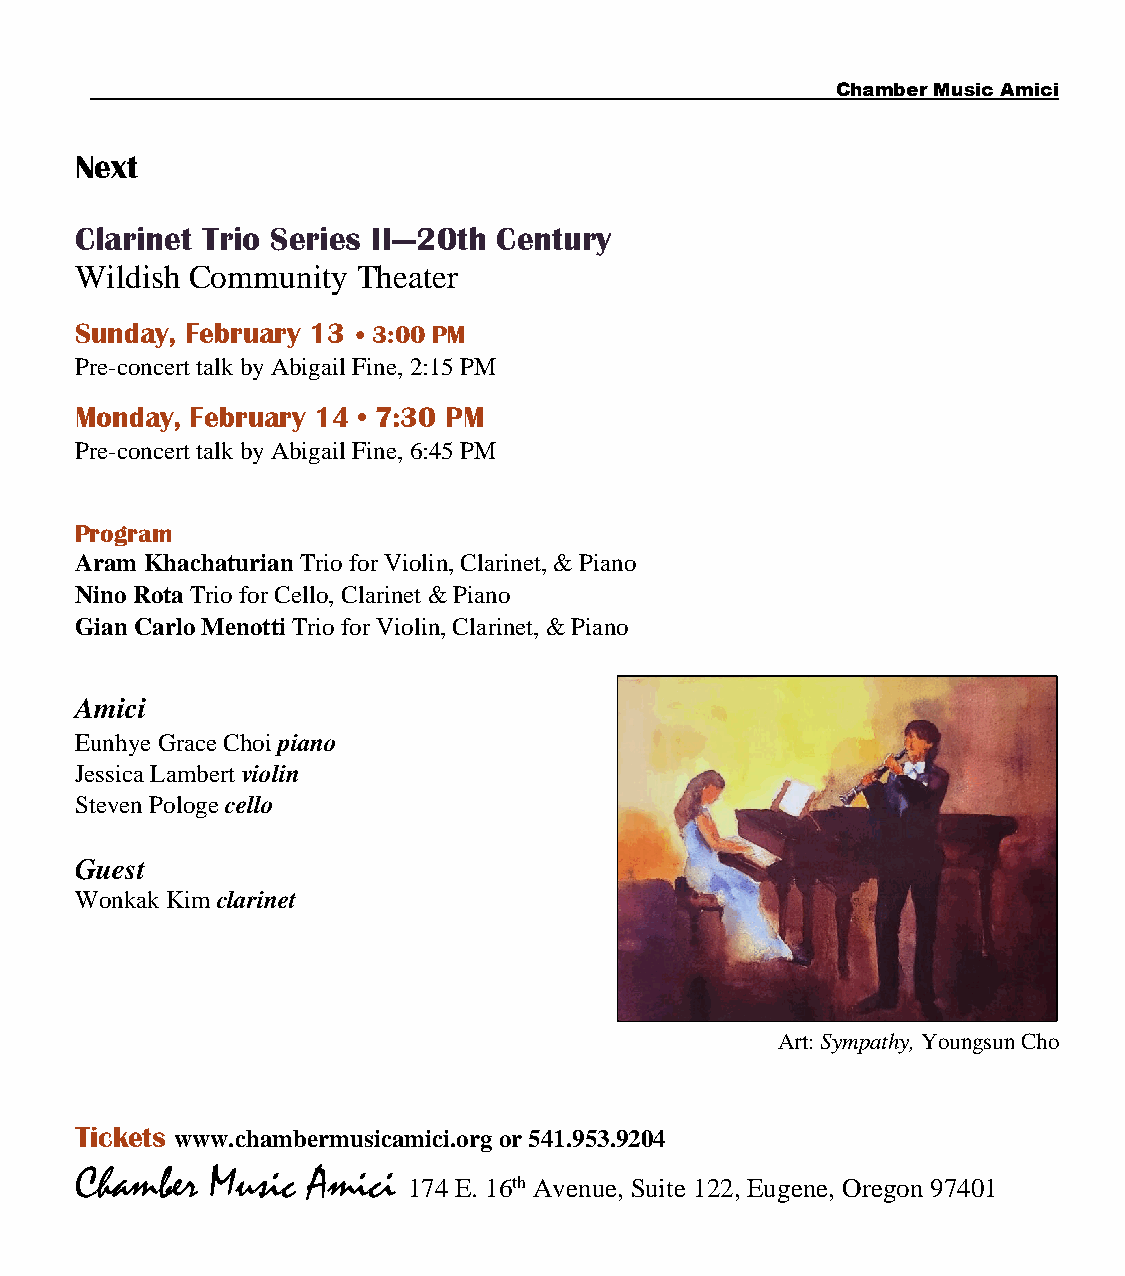
Chamber Music Amici
 Next
 Clarinet Trio Series II—20th Century
 Wildish Community  Theater
 Sunday, February 13 • 3:00 PM
 Pre-concert talk by Abigail Fine, 2:15 PM
 Monday, February 14 • 7:30 PM
 Pre-concert talk by Abigail Fine, 6:45 PM
 Program
 Aram Khachaturian Trio for Violin, Clarinet, & Piano
 Nino Rota Trio for Cello, Clarinet & Piano
 Gian Carlo Menotti Trio for Violin, Clarinet, & Piano
 Amici
 Eunhye Grace Choi piano
 Jessica Lambert violin
 Steven Pologe cello
 Guest
 Wonkak Kim clarinet
 Art: Sympathy, Youngsun Cho
 Tickets www.chambermusicamici.org or 541.953.9204
 Chamber  Music Amici
 174 E. 16th Avenue, Suite 122, Eugene, Oregon 97401